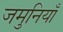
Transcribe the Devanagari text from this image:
जमुनियाँ